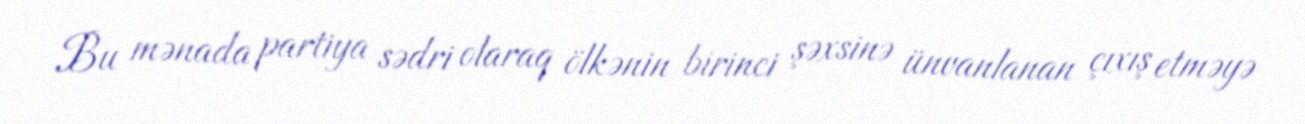
Bu mənada partiya sədri olaraq ölkənin birinci şəxsinə ünvanlanan çıxış etməyə